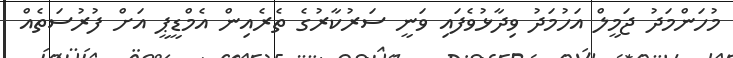
މުހަންމަދު ޖަމީލް އަހުމަދު ވިދާޅުވެފައި ވަނީ ސަރުކާރުގެ ތެރެއިން އެމްޑީޕީ އަށް ފުރުސަތެއް